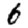
Digit: 6